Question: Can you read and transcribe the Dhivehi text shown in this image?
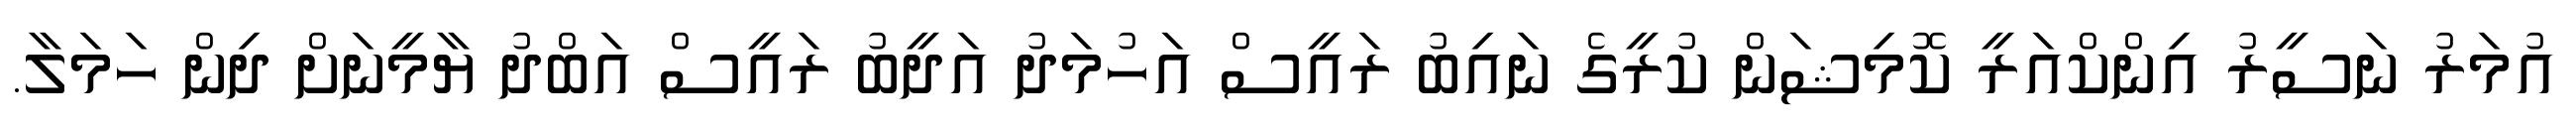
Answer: އުމަރު ނަސީރު އިންކްއަރީ ކޮމިޝަން ކުރީގެ ނައިބު ރައީސް އަހުމަދު އަދީބު ރައީސް އަބްދު ޔާމީނަށް ދިން ހަމަލާ.